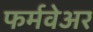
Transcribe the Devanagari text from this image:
फर्मवेअर